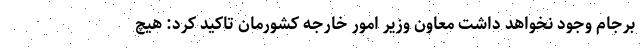
برجام وجود نخواهد داشت معاون وزیر امور خارجه کشورمان تاکید کرد: هیچ